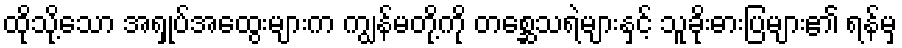
ထိုသို့သော အရှုပ်အထွေးများက ကျွန်မတို့ကို တစ္ဆေသရဲများနှင့် သူခိုးဓားပြများ၏ ရန်မှ